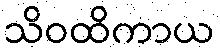
သိဝထိကာယ